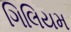
ગિલિયમ